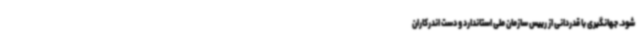
شود. جهانگیری با قدردانی از رییس سازمان ملی استاندارد و دست اندرکاران